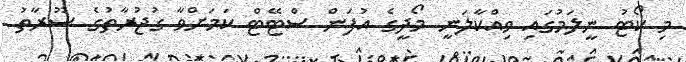
މި ކޯޓު ނީލަމުގައި ވިއްކާލަނީ މޯދީގެ އުފަން ސްޓޭޓް ކަމަށްވާ ގުޖުރާތުގެ ސޫރާތު